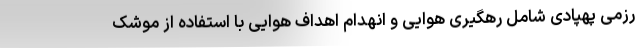
رزمی پهپادی شامل رهگیری هوایی و انهدام اهداف هوایی با استفاده از موشک